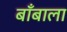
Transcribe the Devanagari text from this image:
बाँबाला